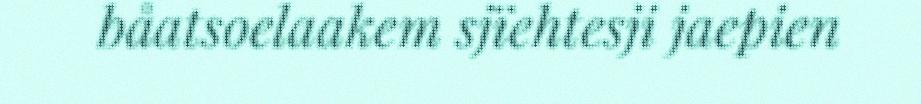
båatsoelaakem sjïehtesji jaepien